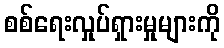
စစ်ရေးလှုပ်ရှားမှုများကို